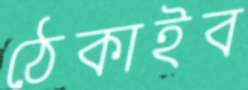
ঠেকাইব